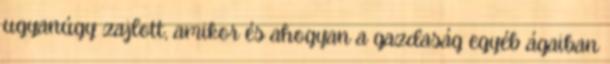
ugyanúgy zajlott, amikor és ahogyan a gazdaság egyéb ágaiban